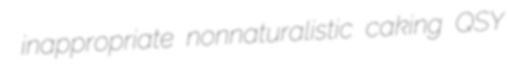
inappropriate nonnaturalistic caking QSY